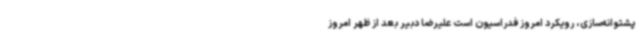
پشتوانه‌سازی، رویکرد امروز فدراسیون است علیرضا دبیر بعد از ظهر امروز